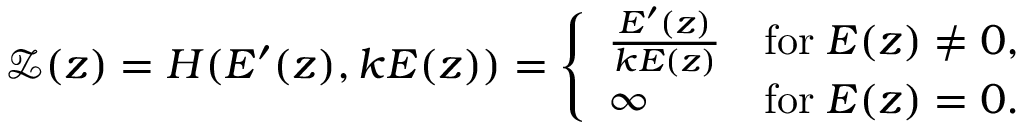
\begin{array} { r } { \mathcal { Z } ( z ) = H ( E ^ { \prime } ( z ) , k E ( z ) ) = \left\{ \begin{array} { l l } { \frac { E ^ { \prime } ( z ) } { k E ( z ) } } & { \mathrm { f o r } \; E ( z ) \neq 0 , } \\ { \infty } & { \mathrm { f o r } \; E ( z ) = 0 . } \end{array} \right. } \end{array}